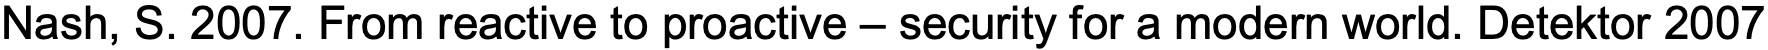
Nash, S. 2007. From reactive to proactive – security for a modern world. Detektor 2007